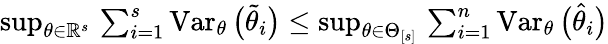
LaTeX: \begin{array}{r}{\operatorname*{sup}_{\theta\in\mathbb{R}^{s}}\, \sum_{i=1}^{s}\operatorname{Var}_{\theta}\big(\widetilde\theta_{i}\big)\leq\operatorname*{sup}_{\theta\in\Theta_{[s]}}\, \sum_{i=1}^{n}\operatorname{Var}_{\theta}\big(\widehat\theta_{i}\big)}\end{array}